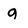
Character: g